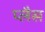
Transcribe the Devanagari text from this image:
प्लैस